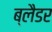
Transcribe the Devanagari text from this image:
ब्‍लैडर